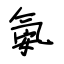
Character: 氨